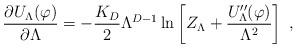
LaTeX: \begin{align*}\frac{\partial U_{\Lambda}(\varphi)}{\partial \Lambda}=-\frac{K_{D}}{2}\Lambda^{D-1}\ln \left[Z_{\Lambda}+\frac{U^{\prime\prime}_{\Lambda} (\varphi)}{\Lambda^{2}}\right]\;, \end{align*}